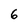
Character: 6